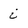
Character: i